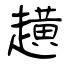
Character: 趪